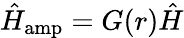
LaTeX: \hat{H}_{\mathrm{amp}}=G(r)\hat{H}